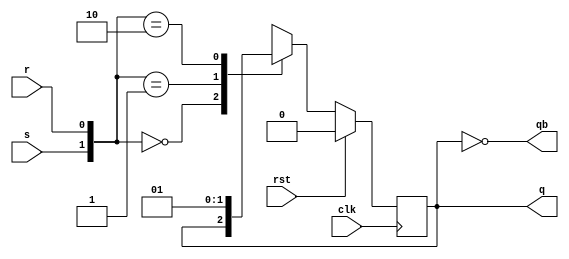
module srff (input clk,rst,s,r,output reg q,output qb);
always @(posedge clk)begin
if(rst)
q<=0;
else
begin
case({s,r})
2'b00:q<=q;
2'b01:q<=1'b0;
2'b10:q<=1'b1;
2'b11:q<=1'bx;
endcase
end
end
assign qb=~q;
endmodule


module tbx;
reg clk,rst,s,r;
wire q,qb;
srff f1(clk,rst,s,r,q,qb);
always #5 clk=~clk;
initial begin
clk=0;rst=1;
#10 rst=0;s=0;r=0;
#10 s=0;r=1;
#10 s=1;r=0;
#10 s=1;r=1;
#50 $finish();
end
initial
$monitor($time,"clk=%b,rst=%b,s=%b,r=%b,q=%b,qb=%b",clk,rst,s,r,q,qb);
endmodule